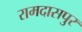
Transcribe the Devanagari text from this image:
रामदासपुर